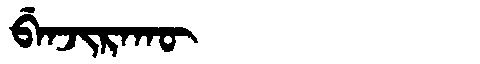
Manchu: ᠪᡝᠨᠵᡳᡵᠠᡴᡡ
Romanization: BENJIRAKŪ